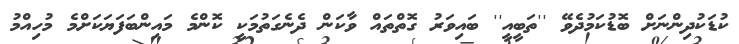
ކުޑަކުދިންނަށް ބޮޑުކަމުދެވޭ ''ތަބީއީ'' ބައިވަރު ގޮތްތައް ވާކަން ދެނެގަތުމަކީ ކޮންމެ މައިންބަފަޔަކަށްމެ މުހިއްމު